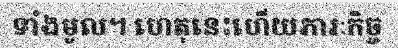
ទាំងមូល។ ហេតុនេះហើយភារៈកិច្ច